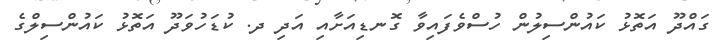
ގައްދޫ އަތޮޅު ކައުންސިލުން ހުސްވެފައިވާ ގޮނޑިއަށާއި އަދި ދ. ކުޑަހުވަދޫ އަތޮޅު ކައުންސިލްގެ